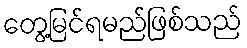
တွေ့မြင်ရမည်ဖြစ်သည်